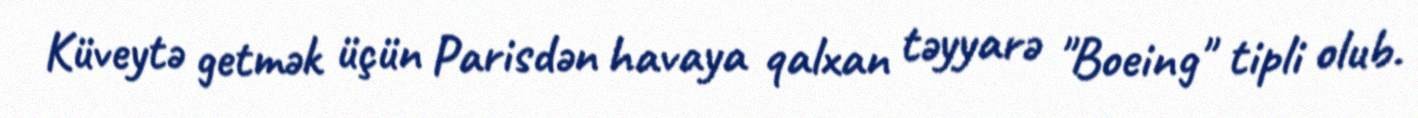
Küveytə getmək üçün Parisdən havaya qalxan təyyarə "Boeing" tipli olub.